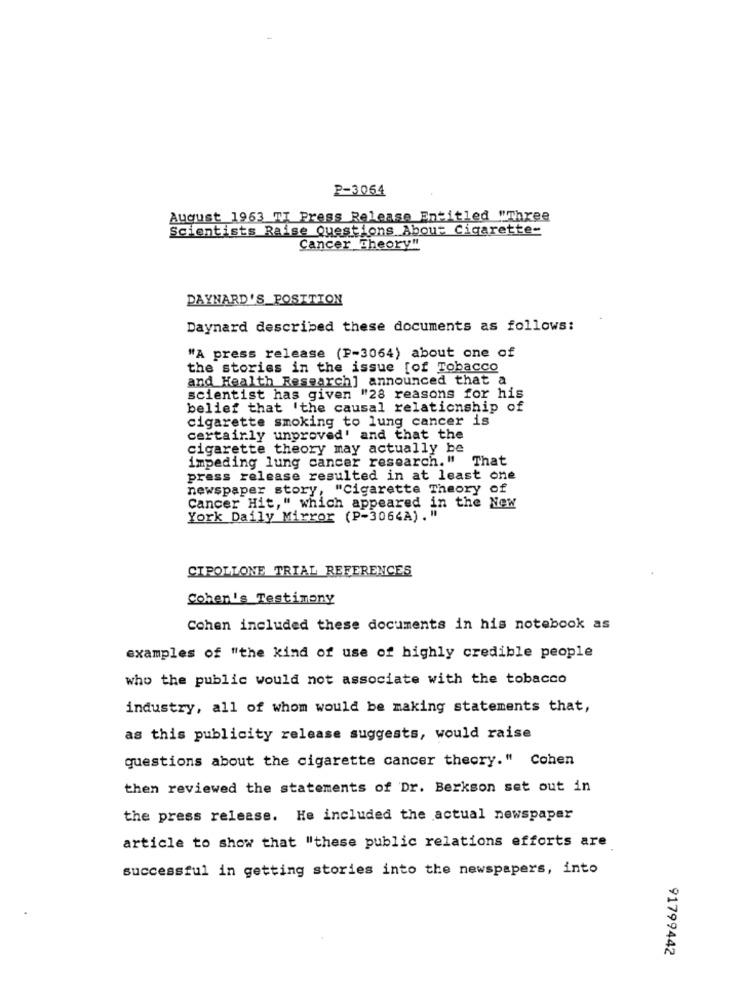
P-3064
August 1963 7T Press Release Entitled "Three
Scientists Raise Questions About Cigarette-
Cancer Theory"
DAYNARD'S_POSITION
Daynard described these documents as follows:
"A press release (P-3064) about one of
the stories in the issue [of Tobacco
and Health Research] announced that a
scientist has given "28 reasons for his
belief that 'the causal relationship of
cigarette smoking to lung cancer is
certainly unproved' and that the
cigarette theory may actually be
impeding lung cancer research." That
press release resulted in at least one
newspaper story, "Cigarette Theory of
Cancer Hit," which appeared in the New
York Daily Mirror (P-3064A) . "
CIPOLLONE TRIAL REFERENCES
Cohen's Testimony
Cohen included these documents in his notebook as
examples of "the kind of use of highly credible people
who the public would not associate with the tobacco
industry, all of whom would be making statements that,
as this publicity release suggests, would raise
questions about the cigarette cancer theory." Cohen
then reviewed the statements of Dr. Berkson set out in
the press release. He included the actual newspaper
article to show that "these public relations efforts are
successful in getting stories into the newspapers, into
91799442